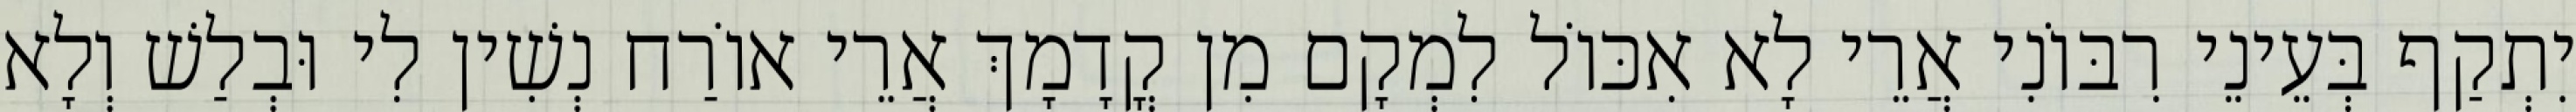
יִתְקַף בְּעֵינֵי רִבּוֹנִי אֲרֵי לָא אִכּוֹל לִמְקָם מִן קֳדָמָךְ אֲרֵי אוֹרַח נְשִׁין לִי וּבְלַשׁ וְלָא